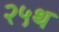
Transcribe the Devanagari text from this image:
२५थ